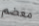
معضم